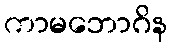
ကာမဘောဂိန